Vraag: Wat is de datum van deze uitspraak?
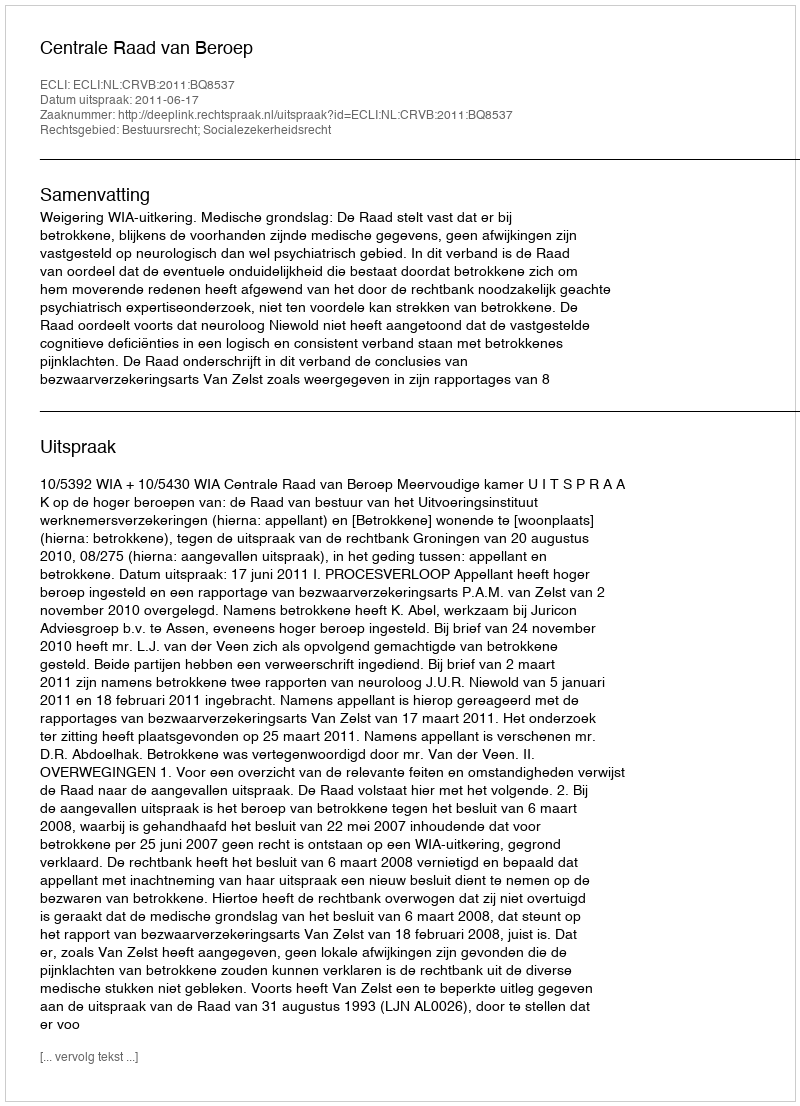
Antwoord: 2011-06-17